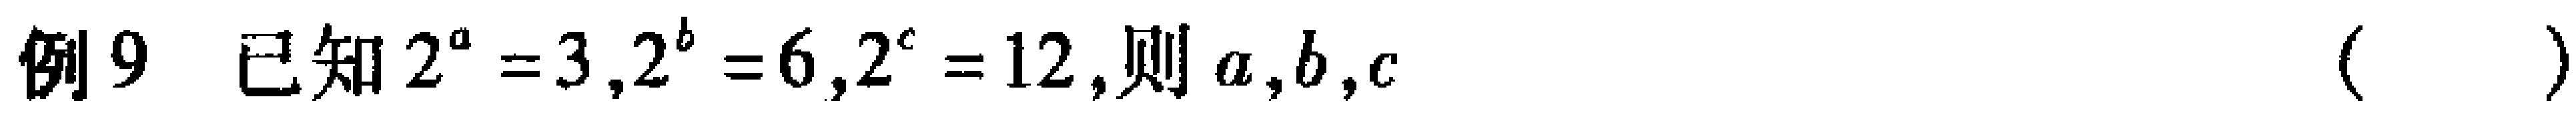
例9 已知 \(2^{a}=3,2^{b}=6,2^{c}=12\)，则 \(a,b,c\) （  ）